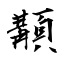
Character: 顜